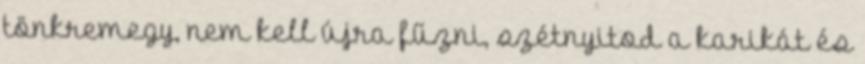
tönkremegy, nem kell újra fűzni, szétnyitod a karikát és